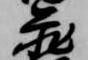
蔵